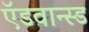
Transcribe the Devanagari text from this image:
ऍडवान्स्ड